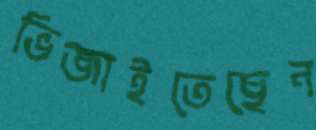
ভিজাইতেছেন